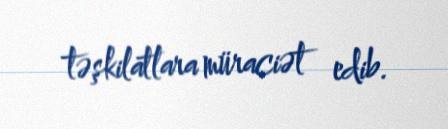
təşkilatlara müraciət edib.